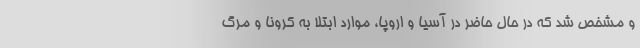
و مشخص شد که در حال حاضر در آسیا و اروپا، موارد ابتلا به کرونا و مرگ